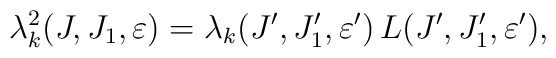
\lambda_k^2(J,J_1,\varepsilon) = \lambda_k(J',J_1',\varepsilon')\,L( J',J_1',\varepsilon'),